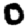
Digit: 0